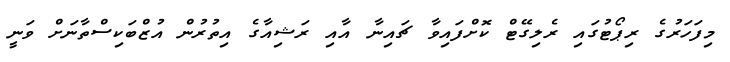
މިފަހަރުގެ ރިޕޯޓުގައި ރެލިގޭޓް ކޮށްފައިވާ ޗައިނާ އާއި ރަޝިއާގެ އިތުރުން އުޒްބަކިސްތާނަށް ވަނީ